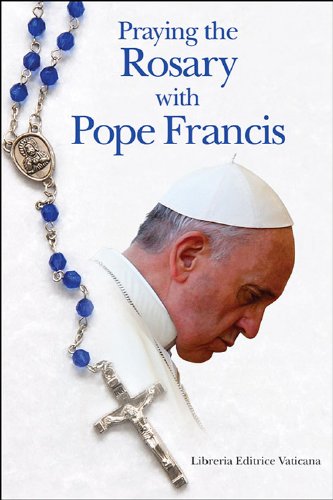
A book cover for Praying the Rosary with Pope Francis; US Conference of Catholic Bishops; Christian Books & Bibles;